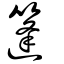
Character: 篷